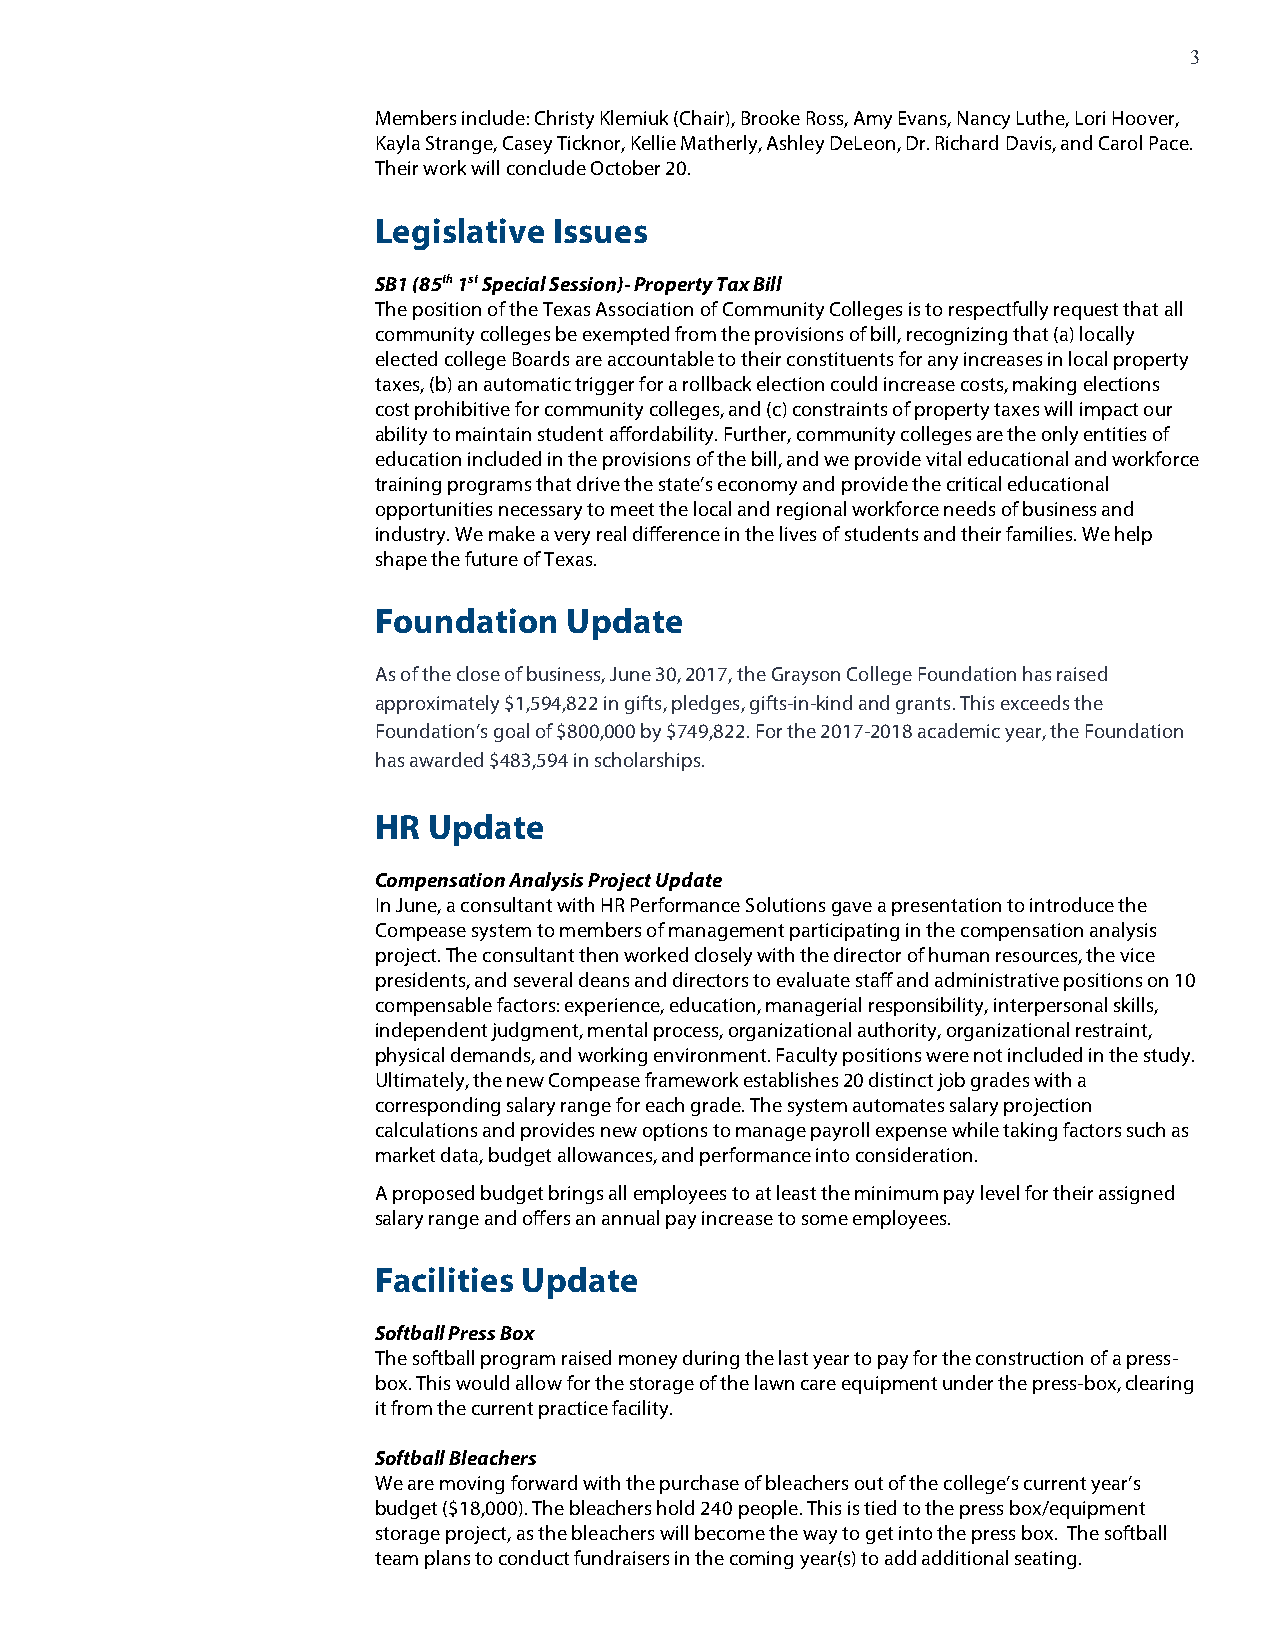
3
 Members include: Christy Klemiuk (Chair), Brooke Ross, Amy Evans, Nancy Luthe, Lori Hoover,
 Kayla Strange, Casey Ticknor, Kellie Matherly, Ashley DeLeon, Dr. Richard Davis, and Carol Pace.
 Their work will conclude October 20.
 Legislative Issues
 SB1 (85th 1st Special Session)- Property Tax Bill
 The position of the Texas Association of Community Colleges is to respectfully request that all
 community colleges be exempted from the provisions of bill, recognizing that (a) locally
 elected college Boards are accountable to their constituents for any increases in local property
 taxes, (b) an automatic trigger for a rollback election could increase costs, making elections
 cost prohibitive for community colleges, and (c) constraints of property taxes will impact our
 ability to maintain student affordability. Further, community colleges are the only entities of
 education included in the provisions of the bill, and we provide vital educational and workforce
 training programs that drive the state’s economy and provide the critical educational
 opportunities necessary to meet the local and regional workforce needs of business and
 industry. We make a very real difference in the lives of students and their families. We help
 shape the future of Texas.
 Foundation   Update
 As of the close of business, June 30, 2017, the Grayson College Foundation has raised
 approximately $1,594,822 in gifts, pledges, gifts-in-kind and grants. This exceeds the
 Foundation’s goal of $800,000 by $749,822. For the 2017-2018 academic year, the Foundation
 has awarded $483,594 in scholarships.
 HR Update
 Compensation Analysis Project Update
 In June, a consultant with HR Performance Solutions gave a presentation to introduce the
 Compease system to members of management participating in the compensation analysis
 project. The consultant then worked closely with the director of human resources, the vice
 presidents, and several deans and directors to evaluate staff and administrative positions on 10
 compensable factors: experience, education, managerial responsibility, interpersonal skills,
 independent judgment, mental process, organizational authority, organizational restraint,
 physical demands, and working environment. Faculty positions were not included in the study.
 Ultimately, the new Compease framework establishes 20 distinct job grades with a
 corresponding salary range for each grade. The system automates salary projection
 calculations and provides new options to manage payroll expense while taking factors such as
 market data, budget allowances, and performance into consideration.
 A proposed budget brings all employees to at least the minimum pay level for their assigned
 salary range and offers an annual pay increase to some employees.
 Facilities Update
 Softball Press Box
 The softball program raised money during the last year to pay for the construction of a press-
 box. This would allow for the storage of the lawn care equipment under the press-box, clearing
 it from the current practice facility.
 Softball Bleachers
 We are moving forward with the purchase of bleachers out of the college’s current year’s
 budget ($18,000). The bleachers hold 240 people. This is tied to the press box/equipment
 storage project, as the bleachers will become the way to get into the press box. The softball
 team plans to conduct fundraisers in the coming year(s) to add additional seating.